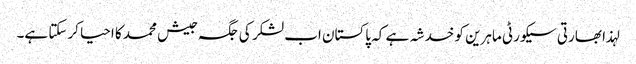
لہذا بھارتی سیکورٹی ماہرین کو خدشہ ہے کہ پاکستان اب لشکر کی جگہ جیش محمد کا احیا کرسکتا ہے۔